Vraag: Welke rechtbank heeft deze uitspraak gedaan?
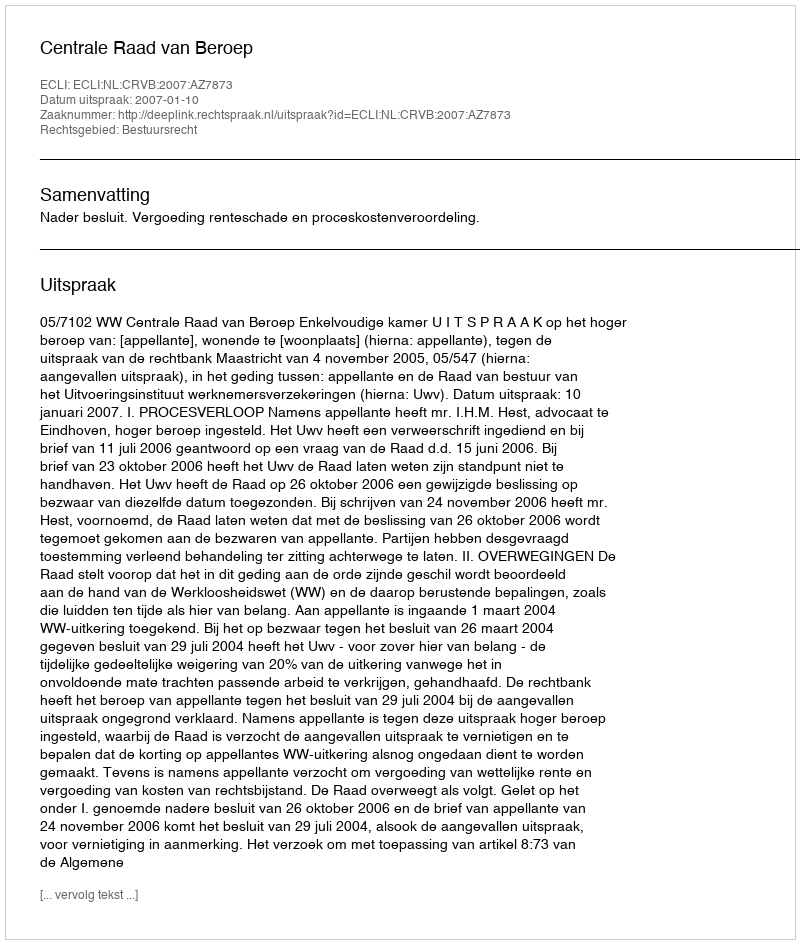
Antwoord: Centrale Raad van Beroep